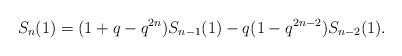
LaTeX: \begin{align*}S_n(1)=(1+q-q^{2n})S_{n-1}(1)-q(1-q^{2n-2})S_{n-2}(1). \end{align*}